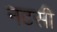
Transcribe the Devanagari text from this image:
नटसी